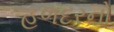
હળદરનો